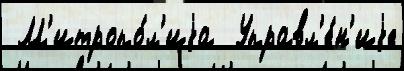
 М'итропо́л'иjа  Управл'е́н'иjе